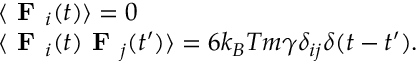
\centering \begin{array} { l r } { \langle \textbf { F } _ { i } ( t ) \rangle = 0 } \\ { \langle \textbf { F } _ { i } ( t ) \textbf { F } _ { j } ( t ^ { \prime } ) \rangle = 6 k _ { B } T m \gamma \delta _ { i j } \delta ( t - t ^ { \prime } ) . } \end{array}